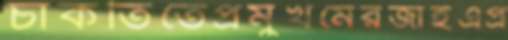
চাকতিতেপ্রমুখমেরজাইএপ্র